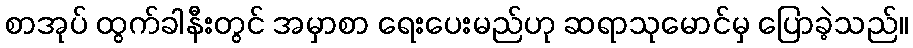
စာအုပ် ထွက်ခါနီးတွင် အမှာစာ ရေးပေးမည်ဟု ဆရာသုမောင်မှ ပြောခဲ့သည်။